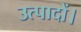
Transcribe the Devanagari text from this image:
उत्पादों।